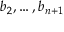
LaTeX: b _ { 2 } , \ldots , b _ { n + 1 }